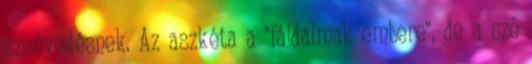
szenvedésnek. Az aszkéta a "fájdalmak embere", de a szó